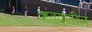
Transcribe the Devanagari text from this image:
शतकतील